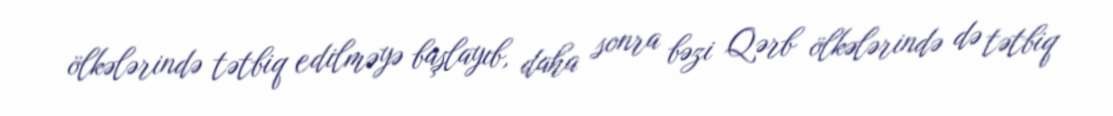
ölkələrində tətbiq edilməyə başlayıb, daha sonra bəzi Qərb ölkələrində də tətbiq